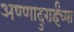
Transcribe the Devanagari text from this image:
अण्णादुराईंच्या